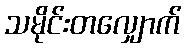
သမိုင်းတလျှောက်